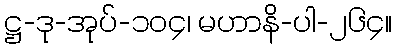
ဋ္ဌ-ဒု-အုပ်-၁၀၄၊ မဟာနိ-ပါ-၂၆၄။